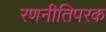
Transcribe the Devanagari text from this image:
रणनीतिपरक